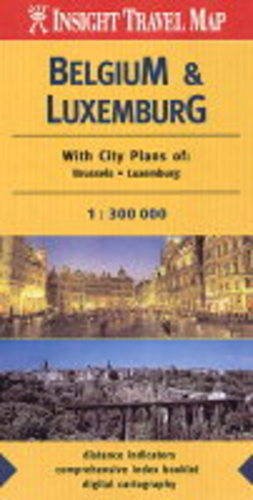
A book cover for Belgium and Luxembourg Insight Travel Map; Travel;